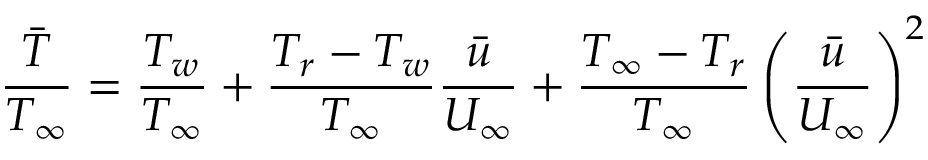
\frac { \bar { T } } { T _ { \infty } } = \frac { T _ { w } } { T _ { \infty } } + \frac { T _ { r } - T _ { w } } { T _ { \infty } } \frac { \bar { u } } { U _ { \infty } } + \frac { T _ { \infty } - T _ { r } } { T _ { \infty } } \left( \frac { \bar { u } } { U _ { \infty } } \right) ^ { 2 }